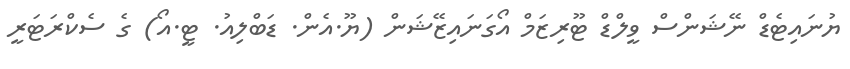
ޔުނައިޓެޑް ނޭޝަންސް ވީލްޑް ޓޫރިޒަމް އޯގަނައިޒޭޝަން (ޔޫ.އެން. ޑަބްލިއު. ޓީ.އޯ) ގެ ސެކްރަޓަރީ